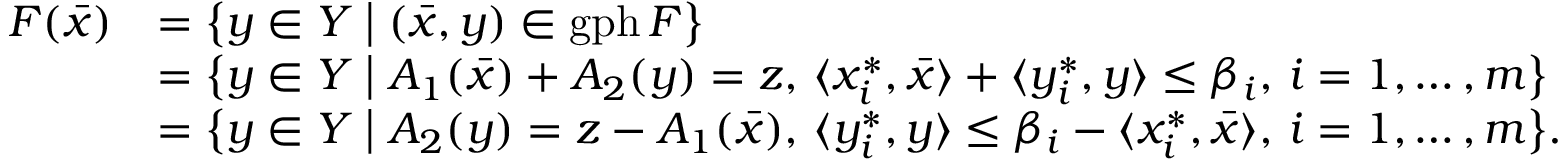
\begin{array} { r } { \begin{array} { l l } { F ( \bar { x } ) } & { = \big \{ y \in Y \; \big | \; ( \bar { x } , y ) \in \mathrm { g p h } \, F \big \} } \\ & { = \big \{ y \in Y \; \big | \; A _ { 1 } ( \bar { x } ) + A _ { 2 } ( y ) = z , \, \langle x _ { i } ^ { * } , \bar { x } \rangle + \langle y _ { i } ^ { * } , y \rangle \leq \beta _ { i } , \, i = 1 , \ldots , m \big \} } \\ & { = \big \{ y \in Y \; \big | \; A _ { 2 } ( y ) = z - A _ { 1 } ( \bar { x } ) , \, \langle y _ { i } ^ { * } , y \rangle \leq \beta _ { i } - \langle x _ { i } ^ { * } , \bar { x } \rangle , \, i = 1 , \ldots , m \big \} . } \end{array} } \end{array}